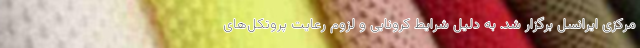
مرکزی ایرانسل برگزار شد. به دلیل شرایط کرونایی و لزوم رعایت پروتکل‌های